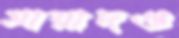
মায়াদণ্ড